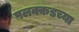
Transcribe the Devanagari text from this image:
पलक्कडच्या